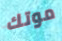
موتك